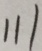
1 1 1